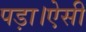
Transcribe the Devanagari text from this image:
पड़ा।ऐसी